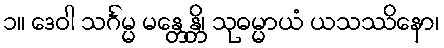
၁။ ဒေဝါ သင်္ဂမ္မ မန္တေန္တိ၊ သုဓမ္မာယံ ယသဿိနော၊